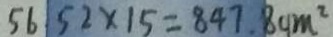
5 6 5 2 \times 1 5 = 8 4 7 . 8 c m ^ { 2 }